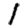
Digit: 1